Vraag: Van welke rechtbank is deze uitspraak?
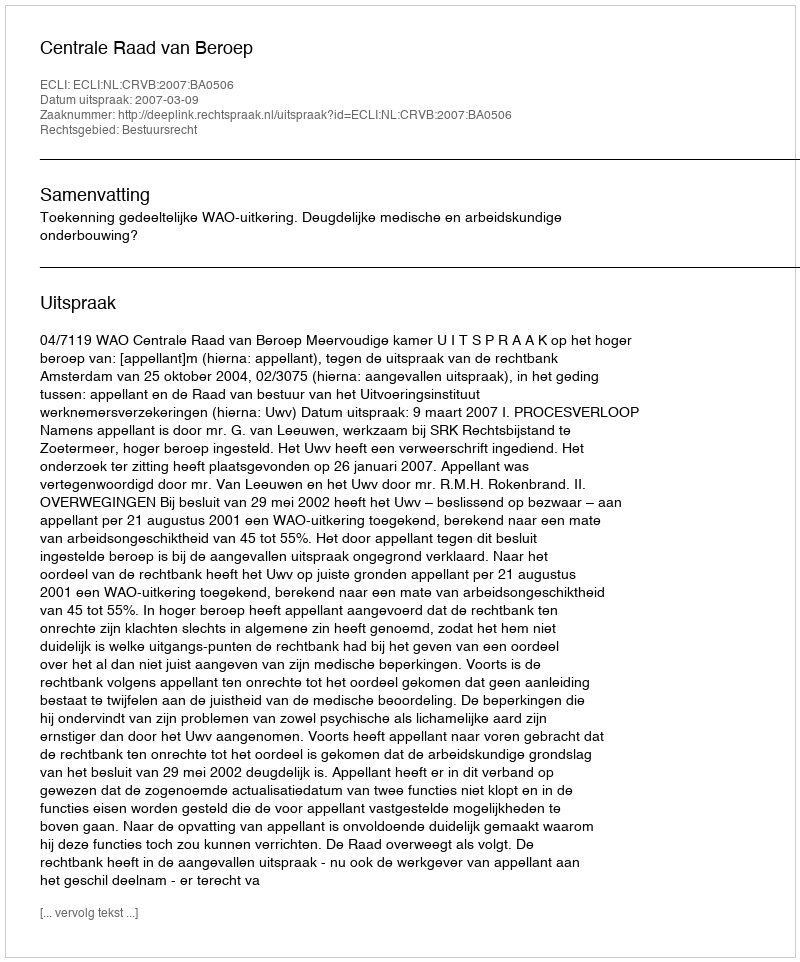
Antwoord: Centrale Raad van Beroep